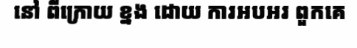
នៅ ពីក្រោយ ខ្នង ដោយ ការអបអរ ពួកគេ